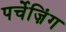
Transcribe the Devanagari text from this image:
पर्चेज़िंग